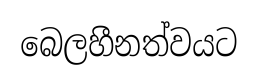
බෙලහීනත්වයට